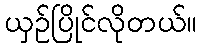
ယှဉ်ပြိုင်လိုတယ်။